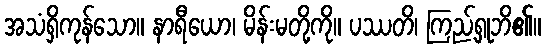
အသံရှိကုန်သော။ နာရီယော၊ မိန်းမတို့ကို။ ပဿတိ၊ ကြည့်ရှုဘိ၏။